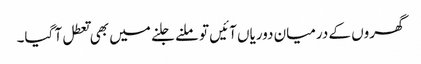
گھروں کے درمیان دوریاں آئیں تو ملنے جلنے میں بھی تعطل آ گیا۔